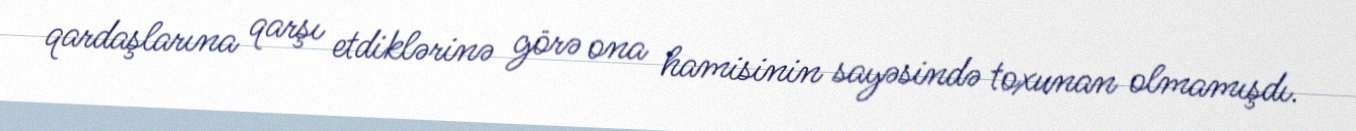
qardaşlarına qarşı etdiklərinə görə ona hamisinin sayəsində toxunan olmamışdı.